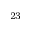
^ { 2 3 }